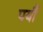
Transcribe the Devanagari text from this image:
पर्यौ